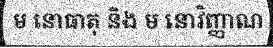
ម នោធាតុ និង ម នោវិញ្ញាណ